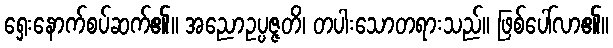
ရှေးနောက်စပ်ဆက်၏။ အညောဥပ္ပဇ္ဇတိ၊ တပါးသောတရားသည်။ ဖြစ်ပေါ်လာ၏။